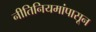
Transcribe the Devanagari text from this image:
नीतिनियमांपासून